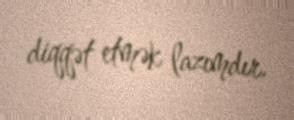
diqqət etmək lazımdır.